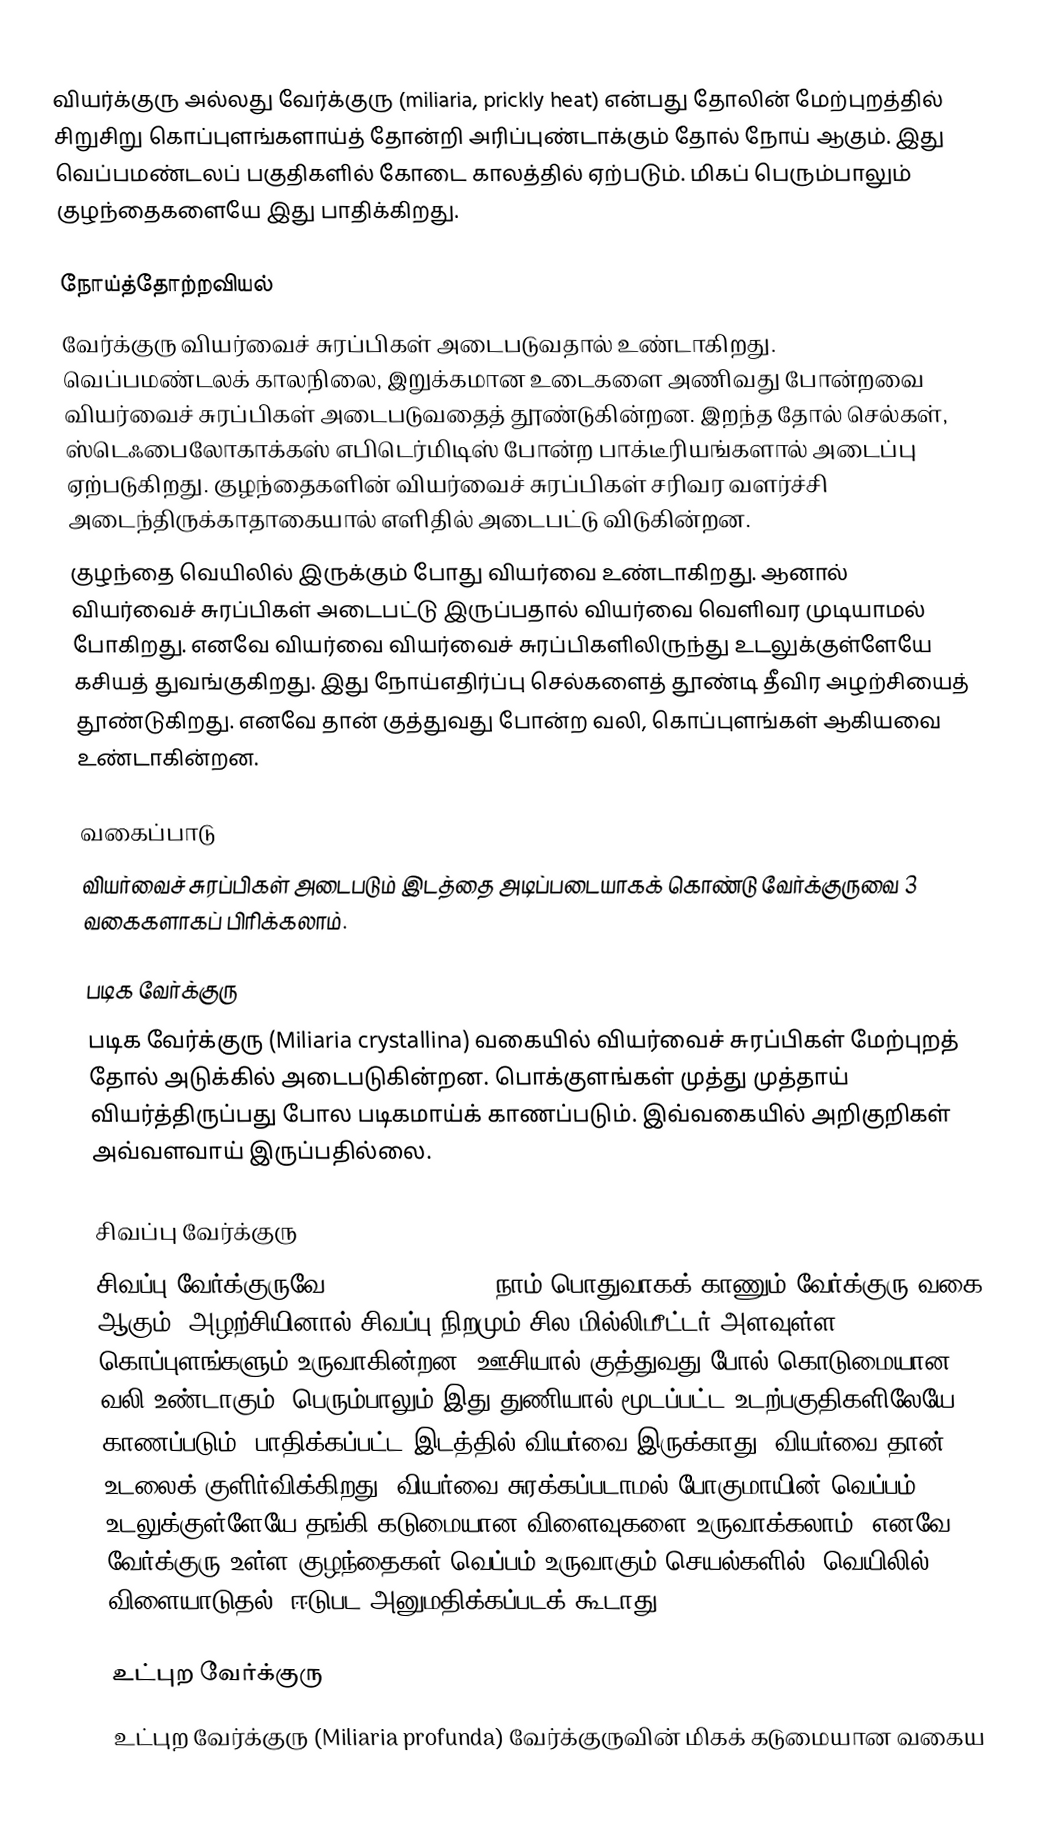
வியர்க்குரு அல்லது வேர்க்குரு  (miliaria, prickly heat) என்பது  தோலின் மேற்புறத்தில் சிறுசிறு கொப்புளங்களாய்த் தோன்றி அரிப்புண்டாக்கும் தோல் நோய் ஆகும். இது வெப்பமண்டலப் பகுதிகளில் கோடை காலத்தில் ஏற்படும். மிகப் பெரும்பாலும் குழந்தைகளையே இது பாதிக்கிறது.

நோய்த்தோற்றவியல்
வேர்க்குரு வியர்வைச் சுரப்பிகள் அடைபடுவதால் உண்டாகிறது. வெப்பமண்டலக் காலநிலை, இறுக்கமான உடைகளை அணிவது போன்றவை வியர்வைச் சுரப்பிகள் அடைபடுவதைத் தூண்டுகின்றன. இறந்த தோல் செல்கள், ஸ்டெஃபைலோகாக்கஸ் எபிடெர்மிடிஸ் போன்ற பாக்டீரியங்களால் அடைப்பு ஏற்படுகிறது. குழந்தைகளின் வியர்வைச் சுரப்பிகள் சரிவர வளர்ச்சி அடைந்திருக்காதாகையால் எளிதில் அடைபட்டு விடுகின்றன.
குழந்தை வெயிலில் இருக்கும் போது வியர்வை உண்டாகிறது. ஆனால் வியர்வைச் சுரப்பிகள் அடைபட்டு இருப்பதால் வியர்வை வெளிவர முடியாமல் போகிறது. எனவே வியர்வை வியர்வைச் சுரப்பிகளிலிருந்து உடலுக்குள்ளேயே கசியத் துவங்குகிறது. இது நோய்எதிர்ப்பு செல்களைத் தூண்டி தீவிர அழற்சியைத் தூண்டுகிறது. எனவே தான் குத்துவது போன்ற வலி, கொப்புளங்கள் ஆகியவை உண்டாகின்றன.

வகைப்பாடு
வியர்வைச் சுரப்பிகள் அடைபடும் இடத்தை அடிப்படையாகக் கொண்டு வேர்க்குருவை 3 வகைகளாகப் பிரிக்கலாம்.

படிக வேர்க்குரு
படிக வேர்க்குரு (Miliaria crystallina) வகையில் வியர்வைச் சுரப்பிகள் மேற்புறத் தோல் அடுக்கில் அடைபடுகின்றன. பொக்குளங்கள் முத்து முத்தாய் வியர்த்திருப்பது போல படிகமாய்க் காணப்படும். இவ்வகையில் அறிகுறிகள் அவ்வளவாய் இருப்பதில்லை.

சிவப்பு வேர்க்குரு
சிவப்பு வேர்க்குருவே (Miliaria rubra) நாம் பொதுவாகக் காணும் வேர்க்குரு வகை ஆகும். அழற்சியினால் சிவப்பு நிறமும் சில மில்லிமீட்டர் அளவுள்ள கொப்புளங்களும் உருவாகின்றன. ஊசியால் குத்துவது போல் கொடுமையான வலி உண்டாகும். பெரும்பாலும் இது துணியால் மூடப்பட்ட உடற்பகுதிகளிலேயே காணப்படும். பாதிக்கப்பட்ட இடத்தில் வியர்வை இருக்காது. வியர்வை தான் உடலைக் குளிர்விக்கிறது. வியர்வை சுரக்கப்படாமல் போகுமாயின் வெப்பம் உடலுக்குள்ளேயே தங்கி கடுமையான விளைவுகளை உருவாக்கலாம். எனவே வேர்க்குரு உள்ள குழந்தைகள் வெப்பம் உருவாகும் செயல்களில் (வெயிலில் விளையாடுதல்) ஈடுபட அனுமதிக்கப்படக் கூடாது.

உட்புற வேர்க்குரு
உட்புற வேர்க்குரு (Miliaria profunda) வேர்க்குருவின் மிகக் கடுமையான வகைய